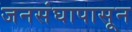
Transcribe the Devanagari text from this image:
जनसंघापासून